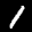
Label: 1